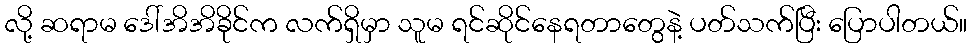
လို့ ဆရာမ ဒေါ်အိအိခိုင်က လက်ရှိမှာ သူမ ရင်ဆိုင်နေရတာတွေနဲ့ ပတ်သက်ပြီး ပြောပါတယ်။